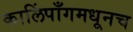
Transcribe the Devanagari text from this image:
कालिंपाँगमधूनच